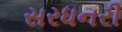
સરધનરી